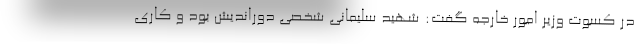
در کسوت وزیر امور خارجه گفت: شهید سلیمانی شخصی دوراندیش بود و کاری